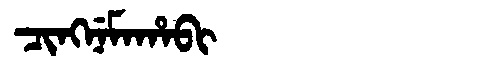
Manchu: ᠴᡳᠩᠨᡝᠮᠠᡥᠠᠪᡳ
Romanization: CINGNEMAHABI